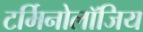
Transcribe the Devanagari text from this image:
टर्मिनोलॉजिय